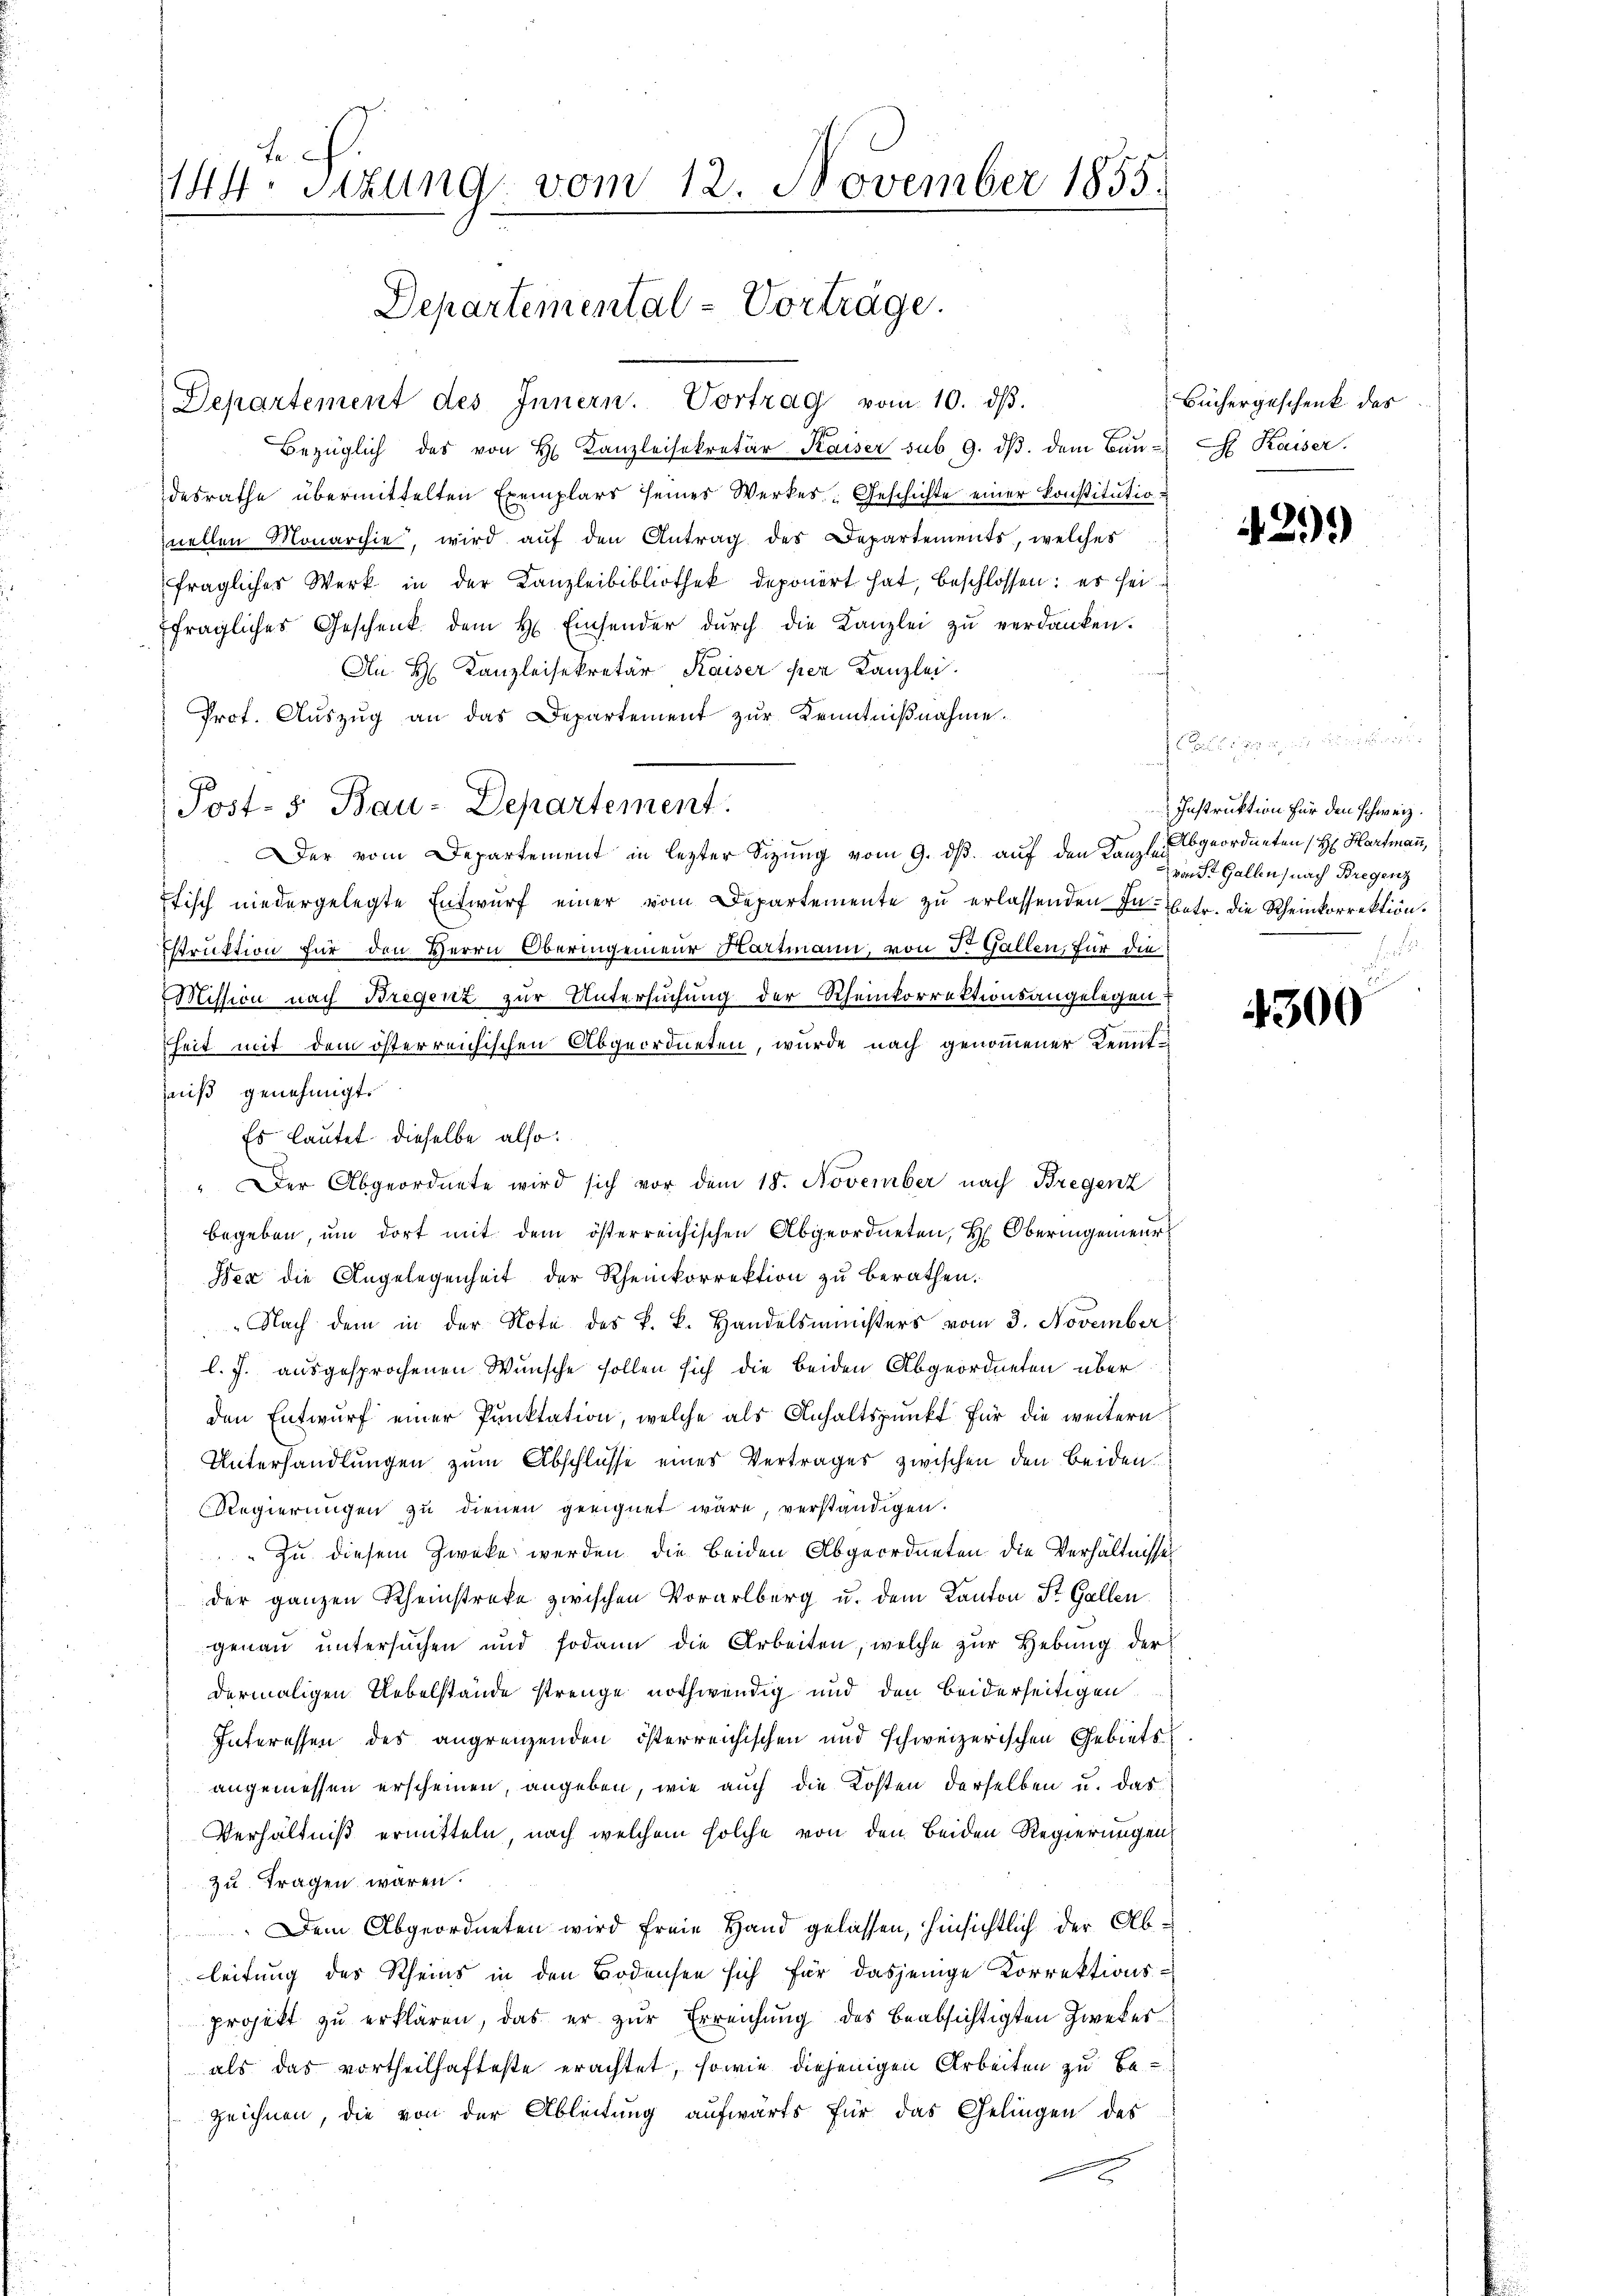
e
144. Sitzung vom 12. November 1855.

Departement des Innern. Vortrag vom 10. dβ.
7
Bezüglich des von H. Kanzleisekretär Kaiser sub. 9. dβ dem Baŭ- Kaiser.
desrathe übermittelten Exemplars seines Werkes: Geschichte einer konstitutionellen Monarchie, wird aŭf den Antrag des Departements, welches
fraglicher Werk in der Kanzleibibliothek deponirt hat, beschlossen: er sei
fragliches Geschenk dem H. Einsender dŭrch die Kanzlei zŭ verdanken.
Au H. Kanzleisekretär Kaiser per Kanzlei.
Prof. Auszug an das Departement zur Kenntnißnahme.
Der vom Departement in lezter Sitzung vom 9. ds. auf den Kanzlei
Fisch niedergelegte Entwurf einer vom Departemente zu erlassenden In- betr. die Rheinkorrektion.
struktion für den Herrn Oberingenieur Hartmann, von Dr. Gallen, für die
Mission nach Bregenz zur Untersuchung der Rheinkorrektionsangelegen.
heit mit dem österreichischen Abgeordneten, wurde nach genommener Kenntiß genehmigt.
Es lautet dieselbe also:
" Der Abgeordnete wird sich vor dem 18. November nach Bregenz
begeben, ŭm dort mit dem österreichischen Abgeordneten, H. Oberingenieur
dex die Angelegenheit der Rheinkorrektion zu berathen.
Nach dem in der Note des k. k. Handelsministers vom 3. November
l. J. ausgesprochenen Wunsche sollen sich die beiden Abgeordneten über
den Entwŭrf einer Punktation, welche als Anhaltspunkt für die weitern
Unterhandlungen zum Abschlüsse einer Vertrages zwischen den beiden
Regierŭngen zŭ dienen geeignet wäre, verständigen.
 Zu diesem Zwecke werden die beiden Abgeordneten die Verhältnisse
der ganzen Rheinstreke zwischen Vorarlberg u. dem Kanton St. Gallen
genaŭ ŭntersŭchen und sodann die Arbeiten, welche zŭr Hebung der
dermaligen Uebelstände strenge nothwendig und den beiderseitigen
Interessen des angrenzenden österreichischen und schweizerischen Gebiets
angemessen erscheinen, angeben, wie auch die Kosten derselben u. das
Verhältniß ermitteln, nach welchem solche von den beiden Regierungen
zu tragen waren.
 Dem Abgeordneten wird freie Hand gelassen, hinsichtlich der Ableitung des Rheins in den Bodensen sich für dasjenige Korrektions-
projekt zu erklären, das er zur Erreichung des beabsichtigten Zwekerals das vortheilhafteste erachtet, sowie diejenigen Arbeiten zu be-
zeichnen, die von der Ableitung aufwärts für das Gelingen des
x

Departemental-Vorträge.

Post- & Bau-Departement.

c

Büchergeschenk des

439)

Instruktion für den schweiz.
Abgeordneten (H Hartmann,
von St. Gallen, nach Bregenz
b

4300